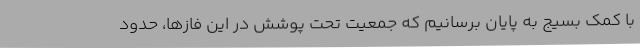
با کمک بسیج به پایان برسانیم که جمعیت تحت پوشش در این فازها، حدود